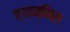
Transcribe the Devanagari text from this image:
ह्यान्निस